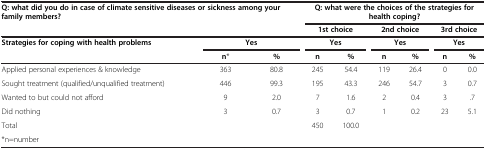
<table><thead><tr><td rowspan="2" colspan="3"><b>Q: what did you do in case of climate sensitive diseases or sickness among your family members?</b></td><td colspan="6"><b>Q: what were the choices of the strategies for health coping?</b></td></tr><tr><td colspan="2"><b>1st choice</b></td><td colspan="2"><b>2nd choice</b></td><td colspan="2"><b>3rd choice</b></td></tr><tr><td rowspan="2"><b>Strategies for coping with health problems</b></td><td colspan="2"><b>Yes</b></td><td colspan="2"><b>Yes</b></td><td colspan="2"><b>Yes</b></td><td colspan="2"><b>Yes</b></td></tr><tr><td><b>n*</b></td><td><b>%</b></td><td><b>n</b></td><td><b>%</b></td><td><b>n</b></td><td><b>%</b></td><td><b>n</b></td><td><b>%</b></td></tr></thead><tbody><tr><td>Applied personal experiences &amp; knowledge</td><td>363</td><td>80.8</td><td>245</td><td>54.4</td><td>119</td><td>26.4</td><td>0</td><td>0.0</td></tr><tr><td>Sought treatment (qualified/unqualified treatment)</td><td>446</td><td>99.3</td><td>195</td><td>43.3</td><td>246</td><td>54.7</td><td>3</td><td>0.7</td></tr><tr><td>Wanted to but could not afford</td><td>9</td><td>2.0</td><td>7</td><td>1.6</td><td>2</td><td>0.4</td><td>3</td><td>.7</td></tr><tr><td>Did nothing</td><td>3</td><td>0.7</td><td>3</td><td>0.7</td><td>1</td><td>0.2</td><td>23</td><td>5.1</td></tr><tr><td>Total</td><td> </td><td> </td><td>450</td><td>100.0</td><td> </td><td> </td><td> </td><td> </td></tr><tr><td>*n=number</td><td> </td><td> </td><td> </td><td> </td><td> </td><td> </td><td> </td><td> </td></tr></tbody></table>